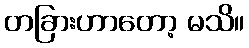
တခြားဟာတော့ မသိ။